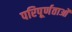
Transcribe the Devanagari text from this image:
परिपूर्णताओं